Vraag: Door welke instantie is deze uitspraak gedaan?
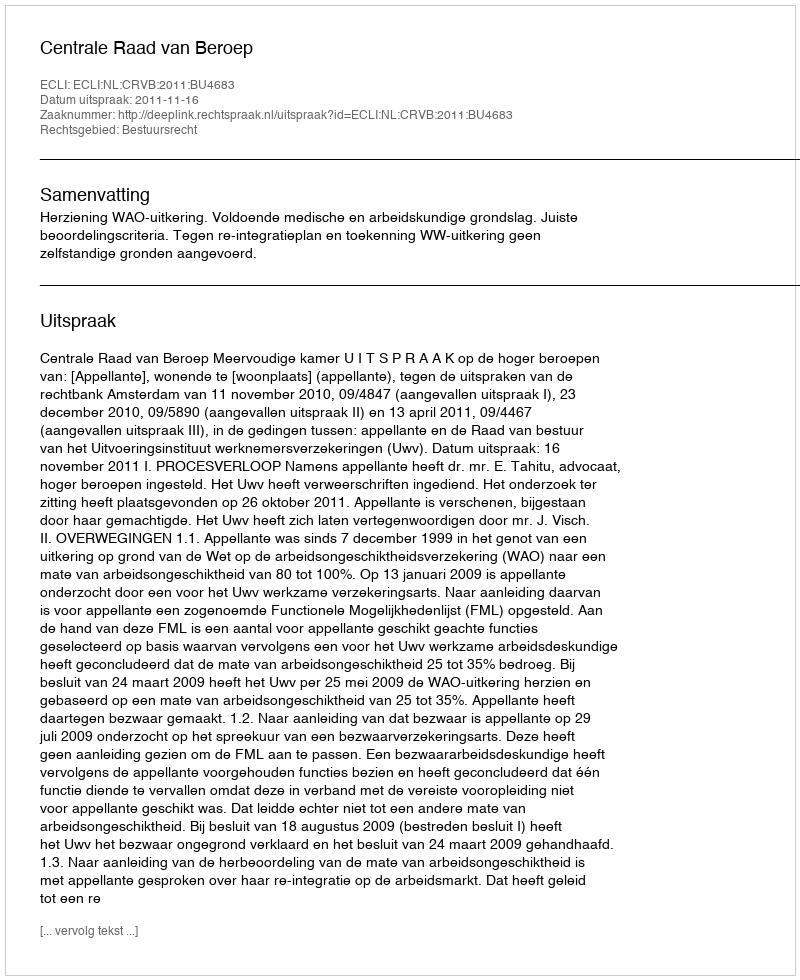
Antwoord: Centrale Raad van Beroep